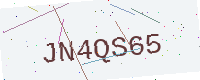
Text: JN4QS65